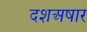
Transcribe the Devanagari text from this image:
दशअषार